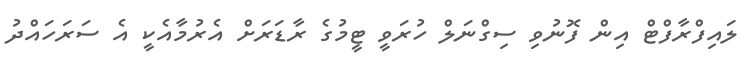
ލައިފްރާފްޓް އިން ފޮނުވި ސިގްނަލް ހުރަވީ ޓީމުގެ ރާޑަރަށް އެރުމާއެކީ އެ ސަރަހައްދު